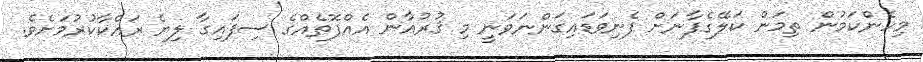
މިހެންކަމުން ތިމަން ކަލޭގެފާނަށް ފެނިވަޑައިގަންނަވަނީ މި ޤުރުއާން އެއްފޮތެއްގެ ސިފައިގާ ލިޔެ ރައްކާކުރުމަށެވެ.